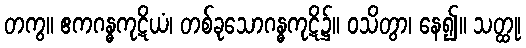
တကွ။ ဧကဂန္ဓကုဋိယံ၊ တစ်ခုသောဂန္ဓကုဋိ၌။ ဝသိတွာ၊ နေ၍။ သတ္ထု၊